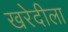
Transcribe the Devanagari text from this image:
खरेदीला